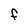
Character: F